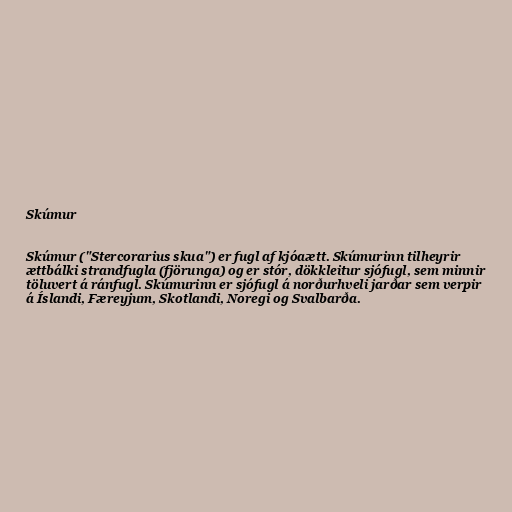
Skúmur

Skúmur ("Stercorarius skua") er fugl af kjóaætt. Skúmurinn tilheyrir
ættbálki strandfugla (fjörunga) og er stór, dökkleitur sjófugl, sem minnir
töluvert á ránfugl. Skúmurinn er sjófugl á norðurhveli jarðar sem verpir
á Íslandi, Færeyjum, Skotlandi, Noregi og Svalbarða.